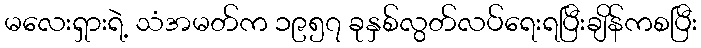
မလေးရှားရဲ့ သံအမတ်က ၁၉၅၇ ခုနှစ်လွတ်လပ်ရေးရပြီးချိန်ကစပြီး